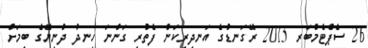
26 ސެޕްޓެމްބަރ 2015 ރޭގަނޑުގެ އަނދިރިކަން ފެތުރި ގަންނަ ހިނދު ދުނިޔޭގެ ބިމަށް